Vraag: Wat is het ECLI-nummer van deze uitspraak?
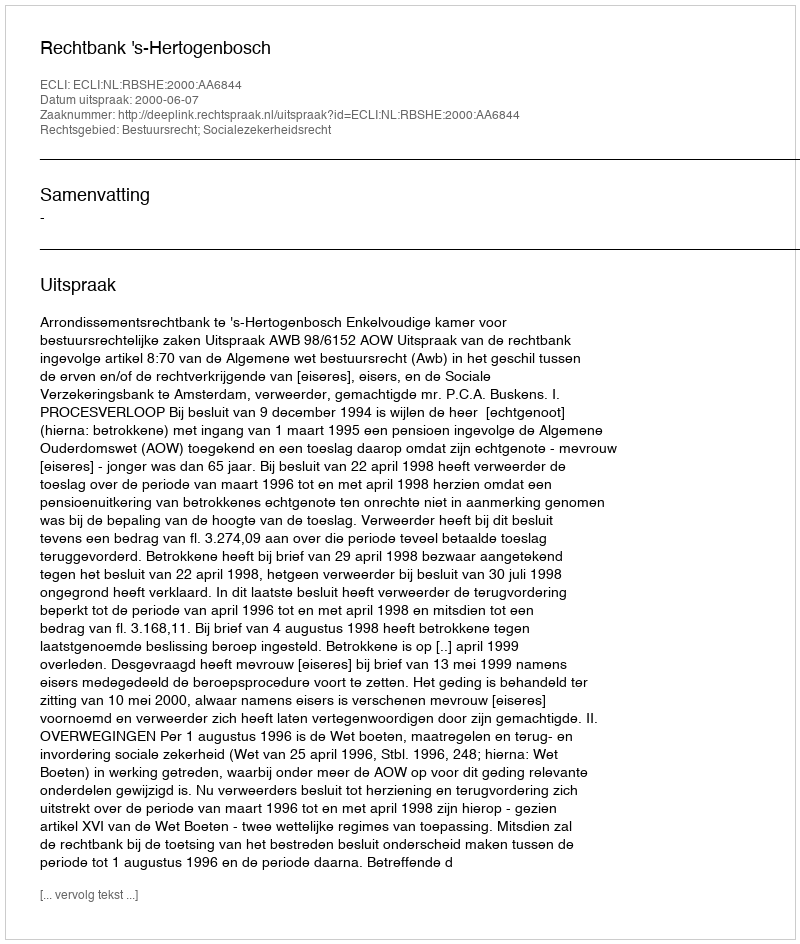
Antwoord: ECLI:NL:RBSHE:2000:AA6844